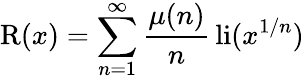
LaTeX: \operatorname{R}(x)=\sum_{n=1}^{\infty}{\frac{\mu(n)}{n}}\operatorname{li}(x^{1/n})